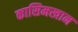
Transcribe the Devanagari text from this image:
कासिमखान